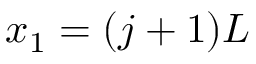
x _ { 1 } = ( j + 1 ) L